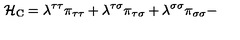
{ \cal H } _ { \mathrm { C } } = \lambda ^ { \tau \tau } \pi _ { \tau \tau } + \lambda ^ { \tau \sigma } \pi _ { \tau \sigma } + \lambda ^ { \sigma \sigma } \pi _ { \sigma \sigma } -